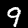
Digit: 9